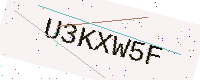
Text: U3KXW5F